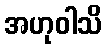
အဟုဝါသိ